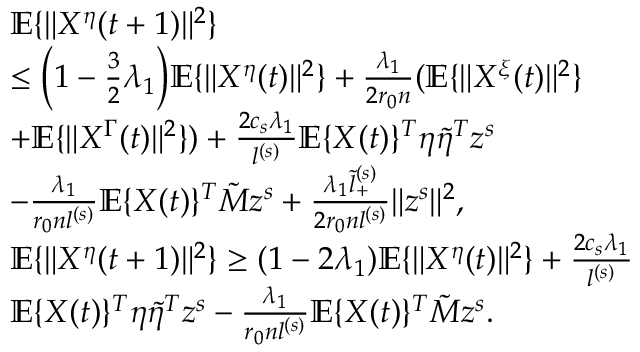
\begin{array} { r l } & { \mathbb { E } \{ \| X ^ { \eta } ( t + 1 ) \| ^ { 2 } \} } \\ & { \le \Big ( 1 - \frac 3 2 \lambda _ { 1 } \Big ) \mathbb { E } \{ \| X ^ { \eta } ( t ) \| ^ { 2 } \} + \frac { \lambda _ { 1 } } { 2 r _ { 0 } n } ( \mathbb { E } \{ \| X ^ { \xi } ( t ) \| ^ { 2 } \} } \\ & { + \mathbb { E } \{ \| X ^ { \Gamma } ( t ) \| ^ { 2 } \} ) + \frac { 2 c _ { s } \lambda _ { 1 } } { l ^ { ( s ) } } \mathbb { E } \{ X ( t ) \} ^ { T } \eta \tilde { \eta } ^ { T } z ^ { s } } \\ & { - \frac { \lambda _ { 1 } } { r _ { 0 } n l ^ { ( s ) } } \mathbb { E } \{ X ( t ) \} ^ { T } \tilde { M } z ^ { s } + \frac { \lambda _ { 1 } \tilde { l } _ { + } ^ { ( s ) } } { 2 r _ { 0 } n l ^ { ( s ) } } \| z ^ { s } \| ^ { 2 } , } \\ & { \mathbb { E } \{ \| X ^ { \eta } ( t + 1 ) \| ^ { 2 } \} \ge ( 1 - 2 \lambda _ { 1 } ) \mathbb { E } \{ \| X ^ { \eta } ( t ) \| ^ { 2 } \} + \frac { 2 c _ { s } \lambda _ { 1 } } { l ^ { ( s ) } } } \\ & { \mathbb { E } \{ X ( t ) \} ^ { T } \eta \tilde { \eta } ^ { T } z ^ { s } - \frac { \lambda _ { 1 } } { r _ { 0 } n l ^ { ( s ) } } \mathbb { E } \{ X ( t ) \} ^ { T } \tilde { M } z ^ { s } . } \end{array}